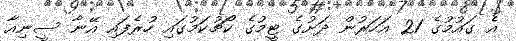
އެ ގައުމުގެ 21 އަހަރުން ދަށުގެ ޓީމުގެ ކޯޗުކަމުގައި ހުރެފައި އޭނާ ސީނިއާ